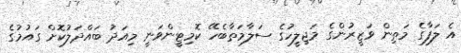
އެ ލަފާގެ މަތިން ވަޒީރުންގެ މަޖިލީހުގެ ސަލާމަތާބެހޭ ކޮމިޓީންވަނީ މިއަދު ބައްދަލުކޮށް ގައުމުގެ